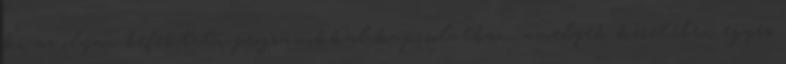
ki az olyan befektetői programokkal kapcsolatban, amelyek keretében egyes